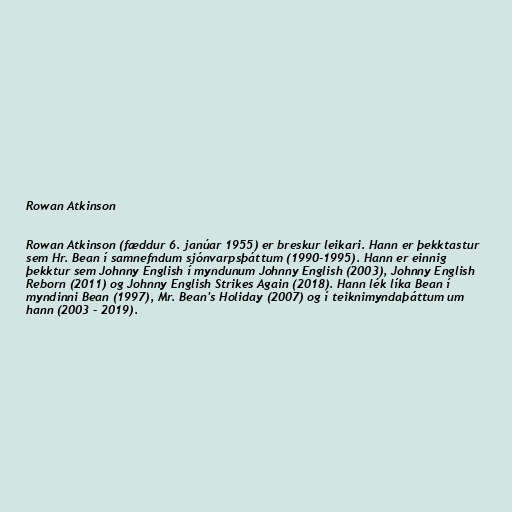
Rowan Atkinson

Rowan Atkinson (fæddur 6. janúar 1955) er breskur leikari. Hann er þekktastur
sem Hr. Bean í samnefndum sjónvarpsþáttum (1990-1995). Hann er einnig
þekktur sem Johnny English í myndunum Johnny English (2003), Johnny English
Reborn (2011) og Johnny English Strikes Again (2018). Hann lék líka Bean í
myndinni Bean (1997), Mr. Bean's Holiday (2007) og í teiknimyndaþáttum um
hann (2003 - 2019).